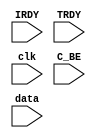
module memory (
input IRDY,
input TRDY,
input clk,
input [3:0] C_BE,
input [31:0] data
); 

reg [3:0] pointer;
reg [31:0] mem [0:9];
reg [31:0] Rbyte;



always @ (posedge clk)
begin

if ( !IRDY && !TRDY )
begin

mem [ pointer ] <= {  {8{C_BE[0]}},  {8{C_BE[1]}},  {8{C_BE[2]}}, 
           {8{C_BE[3]}}   } & data;
if(pointer==4'b1001)
begin
pointer<=4'b0000;
end
else
pointer <= pointer + 1;
end

else
pointer <= 0;
end

endmodule